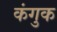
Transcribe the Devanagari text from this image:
कंगुक